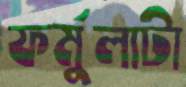
ফর্মুলাটা